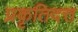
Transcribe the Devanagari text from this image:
प्रकृतिदत्त